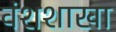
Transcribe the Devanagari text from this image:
वंशशाखा